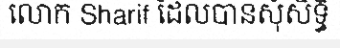
លោក Sharif ដែលបានសុំសិទ្ធិ